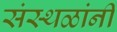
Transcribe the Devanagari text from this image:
संस्थळांनी